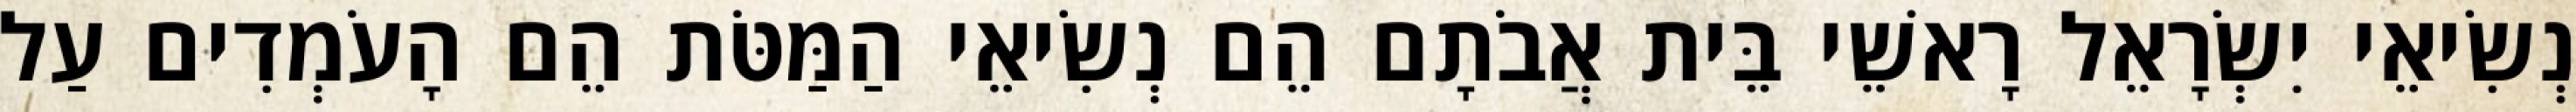
נְשִׂיאֵי יִשְׂרָאֵל רָאשֵׁי בֵּית אֲבֹתָם הֵם נְשִׂיאֵי הַמַּטֹּת הֵם הָעֹמְדִים עַל